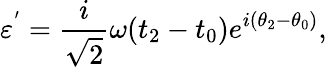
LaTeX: {\varepsilon}^{'}=\frac{i}{\sqrt{2}}{\omega}(t_{2}-t_{0})e^{i({\theta}_{2}-{\theta}_{0})},